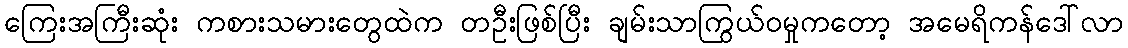
ကြေးအကြီးဆုံး ကစားသမားတွေထဲက တဦးဖြစ်ပြီး ချမ်းသာကြွယ်ဝမှုကတော့ အမေရိကန်ဒေါ်လာ